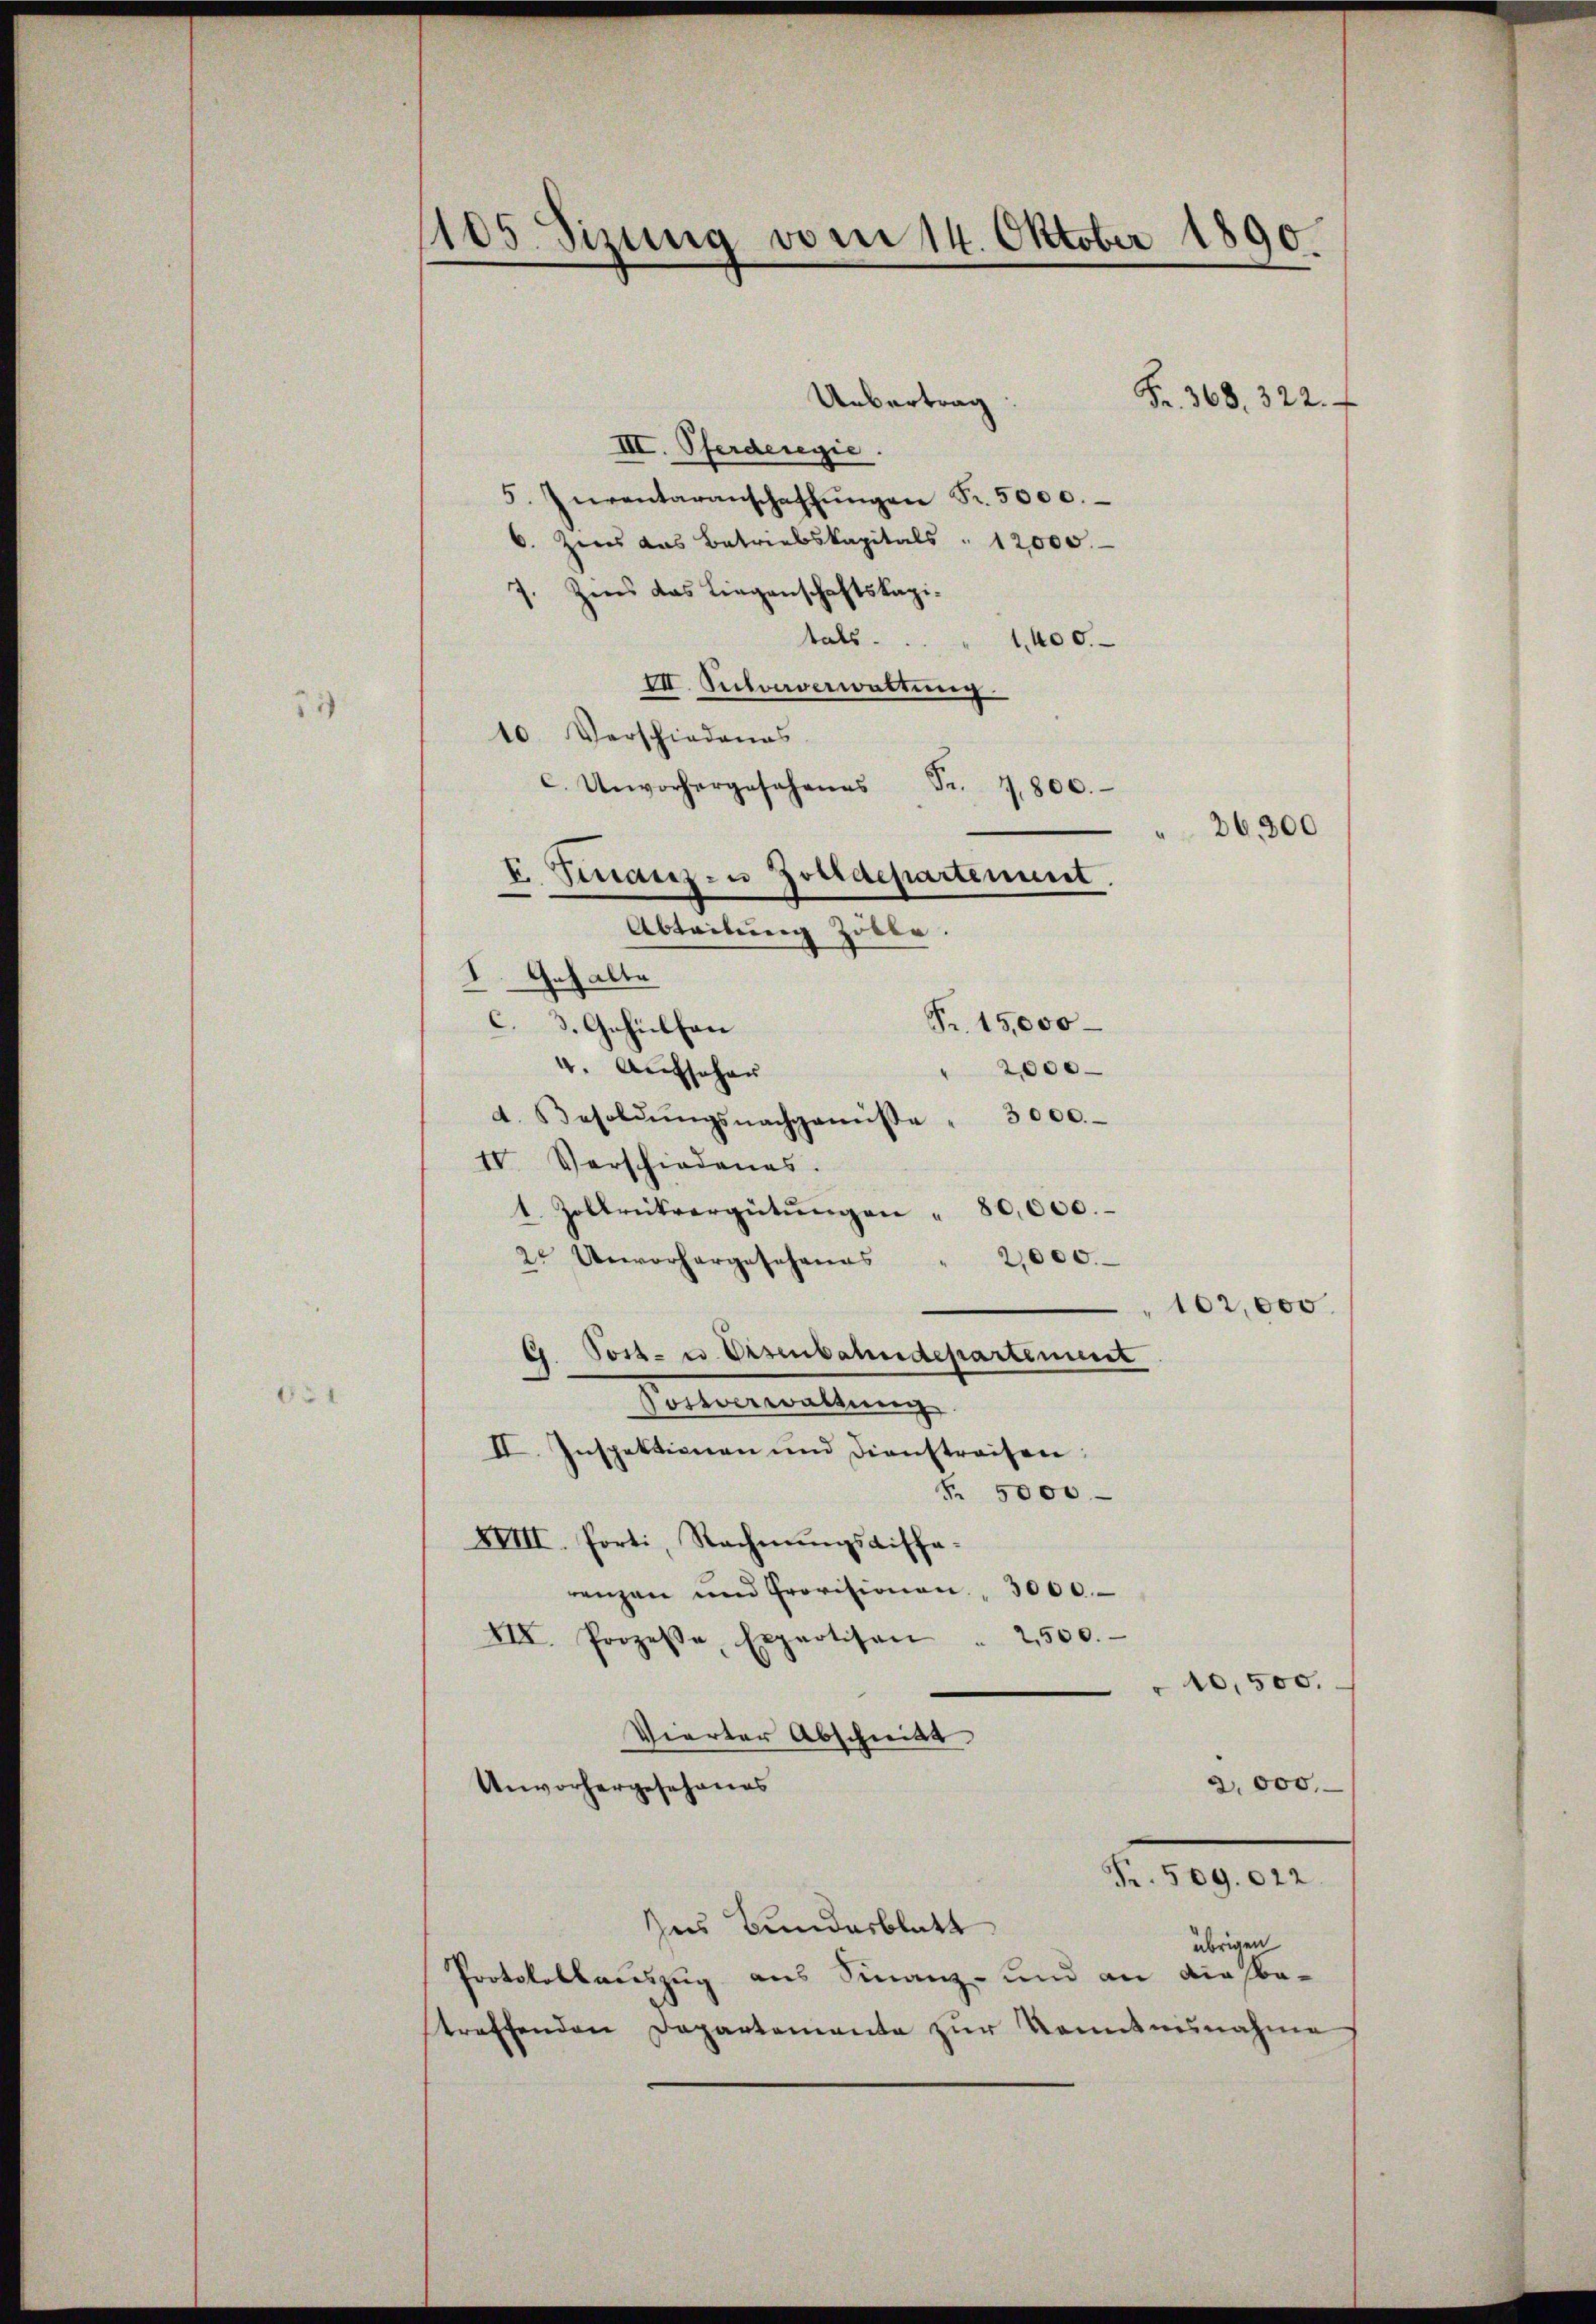
6.

71)

105 Sizung vom 14. Oktober 1890.
Uebertrag:
Fr. 368. 322.
III. Pferderegie

5. Inventaranschaffŭngen Fr. 5000.
. Zweis das Betriebskapitals " 12000.
7. Zins das Liegenschaftskapitals.
1,400.
III. Sutoerverwaltung
10. Verschiedenes
C. Unvorhergesehenes Fr. 1,800.
I. Finanz- u Zolldepartement.
Abteilung Zölle.
Fr. 15,000
c. 3. Gehülfen
4. Aufsehen
2000
d. Besoldŭngsnachgenisse " 3000.
IV. Verschiedenes.
1. Zollrikvergütŭngen " 80,000.
2 Unvorhergeschanas
2,000.
102,000
4. Post- u. Eisenbahndepartement
Fonterwaltung
II. Inspektionen und Dienstreifen:
Nr. 5000
XVIII. Porti, Rechnungsdifferenzen und Provisionen 3000.
VII. Prozeβe, Expertisen " 2500.
10,500.
Vierter Abschritt
2,000.
Unvorhergesehenes
Fr. 509. 022.
Zus Bundesblatt
übrigen
Protokollauszug aus Finanz- und an die be-
treffenden Departemente zur Kenntnisnahme

I. Gehalte

26,300